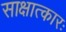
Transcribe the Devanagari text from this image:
साक्षात्कारः